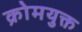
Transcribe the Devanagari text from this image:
क्रोमयुक्त